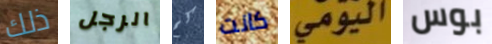
ذلك الرجل كم كانت اليومي بوس